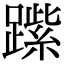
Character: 𨄐